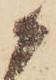
か